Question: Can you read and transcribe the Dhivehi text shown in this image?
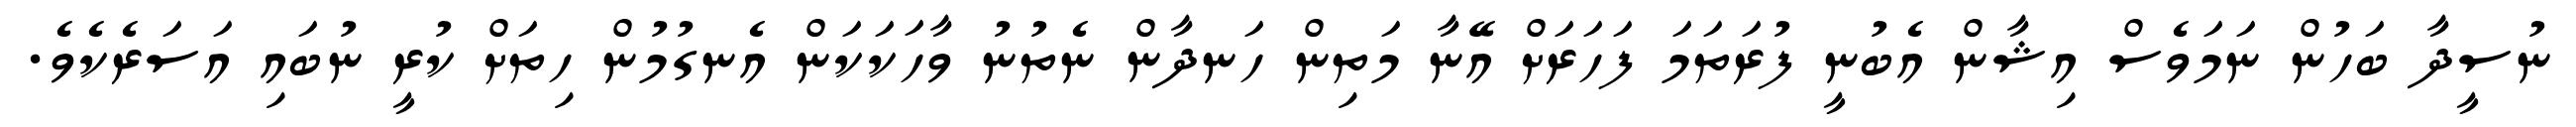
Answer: ނުސީދާ ބަހުން ނަމަވެސް އިޝާން އެބުނީ ފުރަތަމަ ފަހަރަށް އޭނާ މަތިން ހަނދާން ނެތުނު ވާހަކަކަން އެނގުމުން ހިތަށް ކުރީ ނުބައި އަސަރެކެވެ.